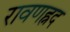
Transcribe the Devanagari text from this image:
रावणह्नद